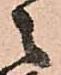
之